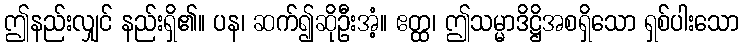
ဤနည်းလျှင် နည်းရှိ၏။ ပန၊ ဆက်၍ဆိုဦးအံ့။ ဧတ္ထ၊ ဤသမ္မာဒိဋ္ဌိအစရှိသော ရှစ်ပါးသော